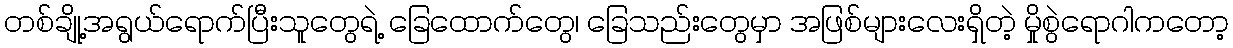
တစ်ချို့အရွယ်ရောက်ပြီးသူတွေရဲ့ ခြေထောက်တွေ၊ ခြေသည်းတွေမှာ အဖြစ်များလေးရှိတဲ့ မှိုစွဲရောဂါကတော့